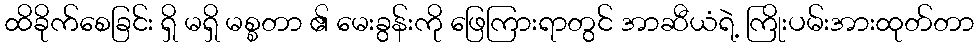
ထိခိုက်စေခြင်း ရှိ မရှိ မစ္စတာ ၏ မေးခွန်းကို ဖြေကြားရာတွင် အာဆီယံရဲ့ ကြိုးပမ်းအားထုတ်တာ